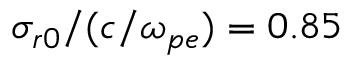
\sigma _ { r 0 } / ( c / \omega _ { p e } ) = 0 . 8 5